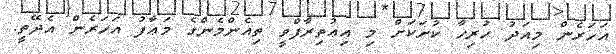
އަހަރެން މިއަދު ހުރިހާ ކުށަކަށް މި އިޢުތިރާފްވީ ތިއެންމެންގެ މަޢާފު އަހަރެން އެދޭތީ.